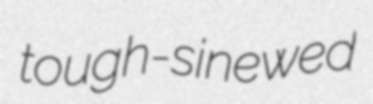
tough-sinewed